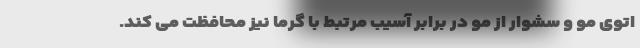
اتوی مو و سشوار از مو در برابر آسیب مرتبط با گرما نیز محافظت می کند.